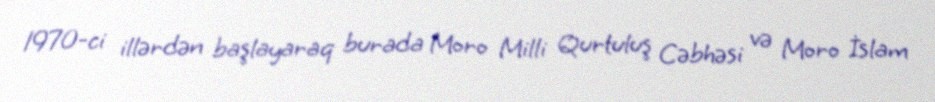
1970-ci illərdən başlayaraq burada Moro Milli Qurtuluş Cəbhəsi və Moro İslam